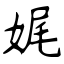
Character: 娓